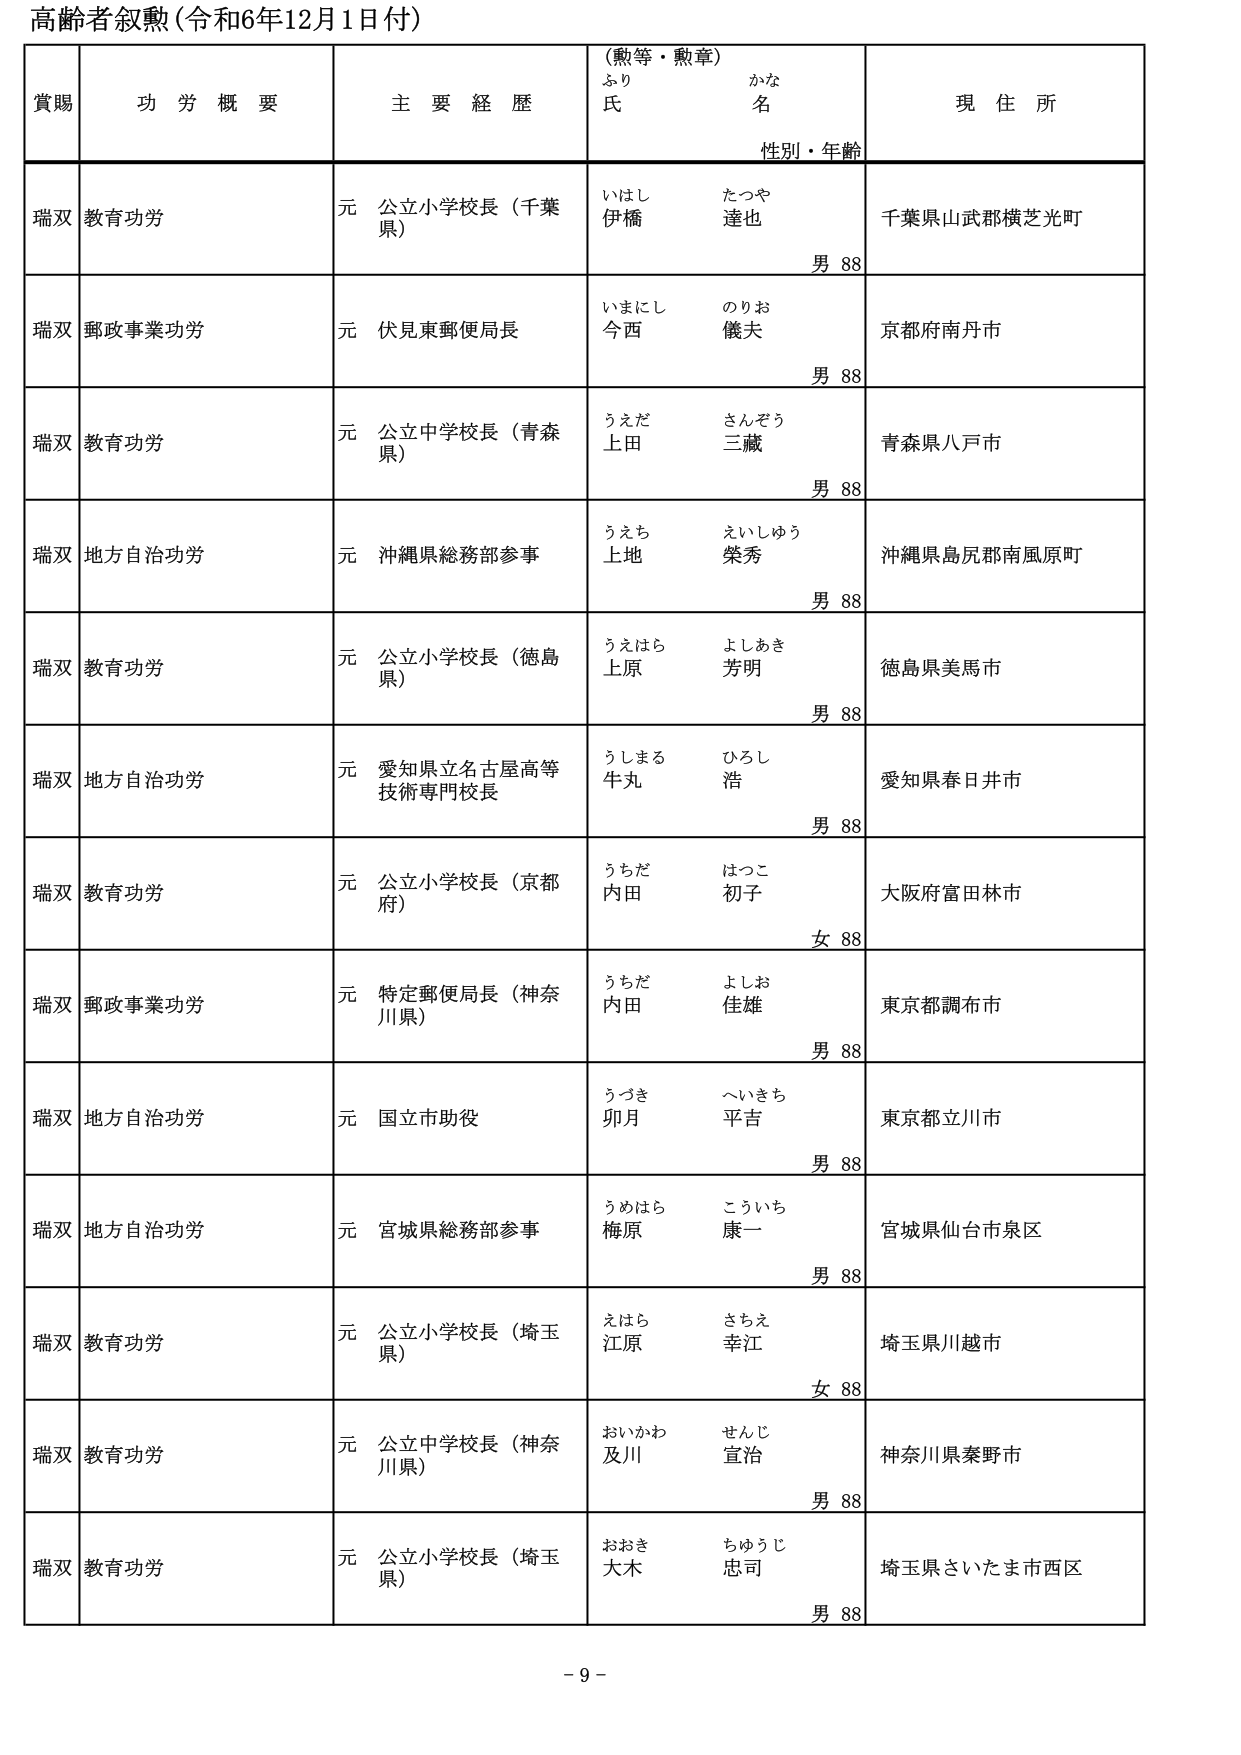
高齢者叙勲（令和6年12月1日付）

賞賜　　功労概要　　主要経歴　　（勲等・勲章）　　現住所
　　　　　　　　　　　　　　　　ふり　　　　かな
　　　　　　　　　　　　　　　　氏　　　　名
　　　　　　　　　　　　　　　　性別・年齢

瑞双　教育功労　　元 公立小学校長（千葉県）　　いはし　たつや　　千葉県山武郡横芝光町
　　　　　　　　　　　　　　　　伊橋　　達也　　　　　　　　男 88

瑞双　郵政事業功労　元 伏見東郵便局長　　いまにし　のりお　　京都府南丹市
　　　　　　　　　　　　　　　　今西　　儀夫　　　　　　　　男 88

瑞双　教育功労　　元 公立中学校長（青森県）　　うえだ　さんぞう　　青森県八戸市
　　　　　　　　　　　　　　　　上田　　三蔵　　　　　　　　男 88

瑞双　地方自治功労　元 沖縄県総務部参事　　うえち　えいしゅう　　沖縄県島尻郡南風原町
　　　　　　　　　　　　　　　　上地　　榮秀　　　　　　　　男 88

瑞双　教育功労　　元 公立小学校長（徳島県）　　うえはら　よしあき　　徳島県美馬市
　　　　　　　　　　　　　　　　上原　　芳明　　　　　　　　男 88

瑞双　地方自治功労　元 愛知県立名古屋高等技術専門校長　　うしまる　ひろし　　愛知県春日井市
　　　　　　　　　　　　　　　　牛丸　　浩　　　　　　　　　男 88

瑞双　教育功労　　元 公立小学校長（京都府）　　うちだ　はつこ　　大阪府富田林市
　　　　　　　　　　　　　　　　内田　　初子　　　　　　　　女 88

瑞双　郵政事業功労　元 特定郵便局長（神奈川県）　　うちだ　よしお　　東京都調布市
　　　　　　　　　　　　　　　　内田　　佳雄　　　　　　　　男 88

瑞双　地方自治功労　元 国立市助役　　うづき　へいきち　　東京都立川市
　　　　　　　　　　　　　　　　卯月　　平吉　　　　　　　　男 88

瑞双　地方自治功労　元 宮城県総務部参事　　うめはら　こういち　　宮城県仙台市泉区
　　　　　　　　　　　　　　　　梅原　　康一　　　　　　　　男 88

瑞双　教育功労　　元 公立小学校長（埼玉県）　　えはら　さちえ　　埼玉県川越市
　　　　　　　　　　　　　　　　江原　　幸江　　　　　　　　女 88

瑞双　教育功労　　元 公立中学校長（神奈川県）　　おいかわ　せんじ　　神奈川県秦野市
　　　　　　　　　　　　　　　　及川　　宣治　　　　　　　　男 88

瑞双　教育功労　　元 公立小学校長（埼玉県）　　おおき　ちゅうじ　　埼玉県さいたま市西区
　　　　　　　　　　　　　　　　大木　　忠司　　　　　　　　男 88

- 9 -